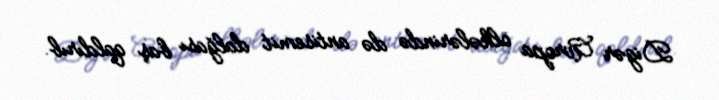
Digər Avropa ölkələrində də antisemit dalğası baş qaldırıb.